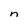
Character: n